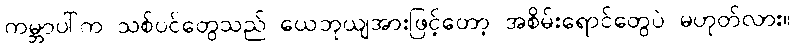
ကမ္ဘာပါ်က သစ်ပင်တွေသည် ယေဘုယျအားဖြင့်တော့ အစိမ်းရောင်တွေပဲ မဟုတ်လား။